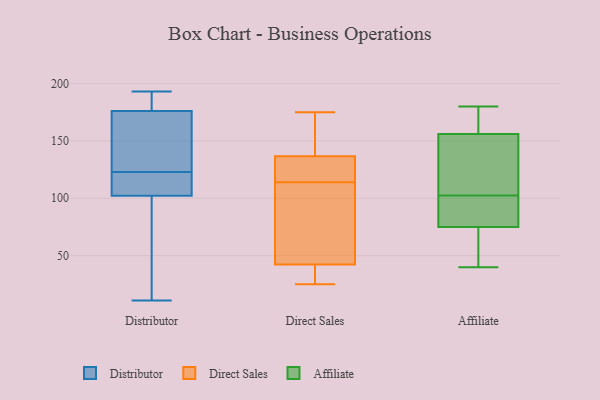
{"axis": {"x": "Energy Usage (MWh)", "y": "Value"}, "legend": ["Affiliate", "Direct Sales", "Distributor"], "data": [{"x": "", "y": 67, "type": "Distributor"}, {"x": "", "y": 13, "type": "Distributor"}, {"x": "", "y": 176, "type": "Distributor"}, {"x": "", "y": 123, "type": "Distributor"}, {"x": "", "y": 176, "type": "Distributor"}, {"x": "", "y": 115, "type": "Distributor"}, {"x": "", "y": 82, "type": "Distributor"}, {"x": "", "y": 134, "type": "Distributor"}, {"x": "", "y": 154, "type": "Distributor"}, {"x": "", "y": 11, "type": "Distributor"}, {"x": "", "y": 123, "type": "Distributor"}, {"x": "", "y": 122, "type": "Distributor"}, {"x": "", "y": 181, "type": "Distributor"}, {"x": "", "y": 193, "type": "Distributor"}, {"x": "", "y": 109, "type": "Distributor"}, {"x": "", "y": 182, "type": "Distributor"}, {"x": "", "y": 154, "type": "Distributor"}, {"x": "", "y": 86, "type": "Direct Sales"}, {"x": "", "y": 133, "type": "Direct Sales"}, {"x": "", "y": 55, "type": "Direct Sales"}, {"x": "", "y": 175, "type": "Direct Sales"}, {"x": "", "y": 149, "type": "Direct Sales"}, {"x": "", "y": 118, "type": "Direct Sales"}, {"x": "", "y": 25, "type": "Direct Sales"}, {"x": "", "y": 35, "type": "Direct Sales"}, {"x": "", "y": 138, "type": "Direct Sales"}, {"x": "", "y": 38, "type": "Direct Sales"}, {"x": "", "y": 114, "type": "Direct Sales"}, {"x": "", "y": 161, "type": "Affiliate"}, {"x": "", "y": 118, "type": "Affiliate"}, {"x": "", "y": 151, "type": "Affiliate"}, {"x": "", "y": 91, "type": "Affiliate"}, {"x": "", "y": 81, "type": "Affiliate"}, {"x": "", "y": 176, "type": "Affiliate"}, {"x": "", "y": 170, "type": "Affiliate"}, {"x": "", "y": 97, "type": "Affiliate"}, {"x": "", "y": 68, "type": "Affiliate"}, {"x": "", "y": 99, "type": "Affiliate"}, {"x": "", "y": 180, "type": "Affiliate"}, {"x": "", "y": 106, "type": "Affiliate"}, {"x": "", "y": 146, "type": "Affiliate"}, {"x": "", "y": 40, "type": "Affiliate"}, {"x": "", "y": 66, "type": "Affiliate"}, {"x": "", "y": 69, "type": "Affiliate"}]}